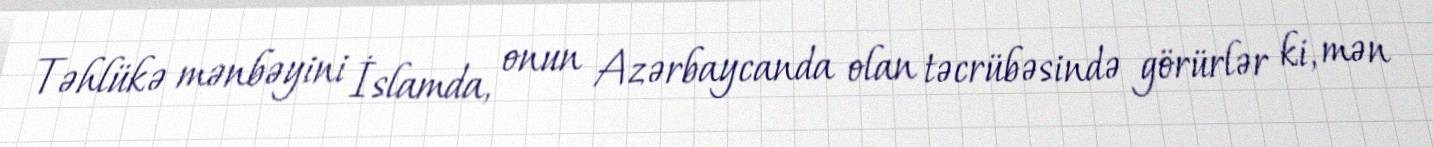
Təhlükə mənbəyini İslamda, onun Azərbaycanda olan təcrübəsində görürlər ki, mən